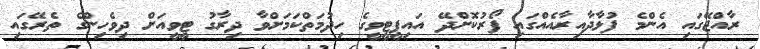
ރާއްޖޭގައި އެންމެ ފުޅާދާއިރާއެއްގައި ފޯރުކޮށްދޭ އައިޕީޓީވީގެ ހިދުމަތްކަމަށްވާ ދިރާގު ޓީވީއަށް ދިވެހިންގެ ތެރޭގައި